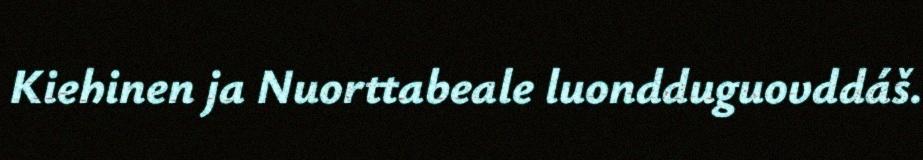
Kiehinen ja Nuorttabeale luondduguovddáš.